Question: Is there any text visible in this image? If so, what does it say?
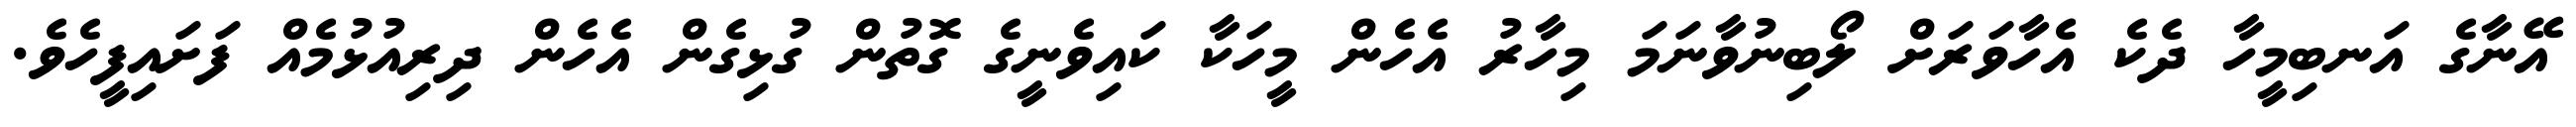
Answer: އޭނާގެ އަނބިމީހާ ދެކެ އެހާވަރަށް ލޯބިނުވާނަމަ މިހާރު އެހެން މީހަކާ ކައިވެނީގެ ގޮތުން ގުޅިގެން އެހެން ދިރިއުޅުމެއް ފަށައިފީހެވެ.